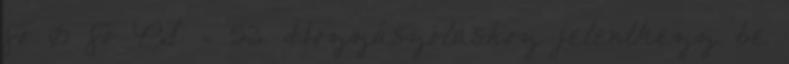
fő 0 fő PS = 53 Hozzászóláshoz jelentkezz be